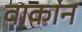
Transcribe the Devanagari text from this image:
वाकान